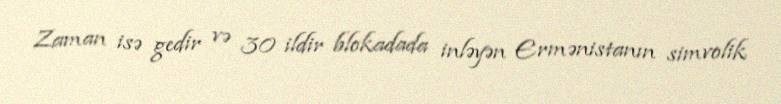
Zaman isə gedir və 30 ildir blokadada inləyən Ermənistanın simvolik